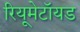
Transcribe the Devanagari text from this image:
रियूमेटॉयड